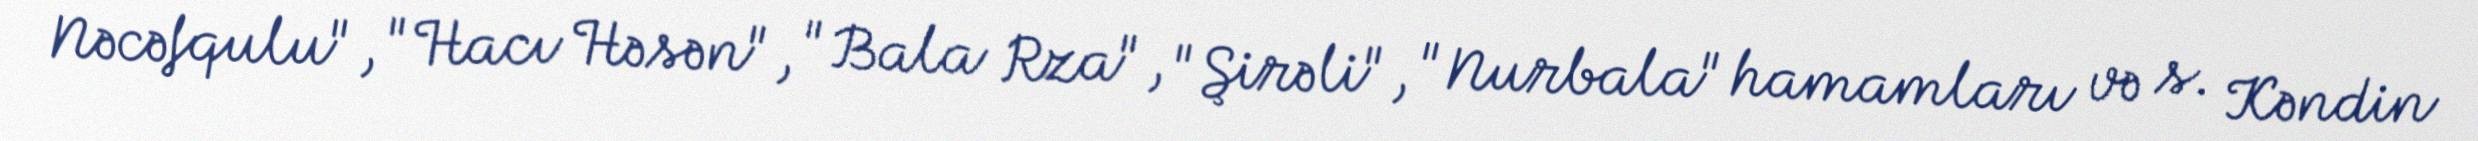
Nəcəfqulu", "Hacı Həsən", "Bala Rza", "Şirəli", "Nurbala" hamamları və s. Kəndin